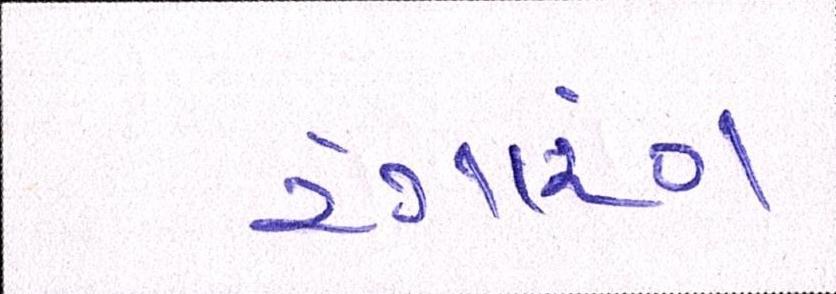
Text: રંગારંગ